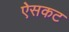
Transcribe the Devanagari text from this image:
ऐसकट